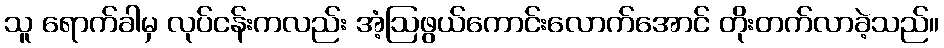
သူ ရောက်ခါမှ လုပ်ငန်းကလည်း အံ့ဩဖွယ်ကောင်းလောက်အောင် တိုးတက်လာခဲ့သည်။